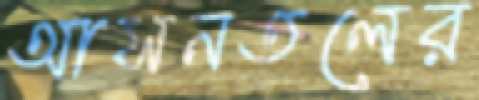
আসনতলের